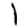
Digit: 1